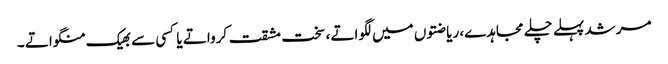
مرشد پہلے چلے مجاہدے، ریاضتوں میں لگواتے ، سخت مشقت کرواتے یا کسی سے بھیک منگواتے ۔